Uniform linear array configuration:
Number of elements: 64
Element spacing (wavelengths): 0.75
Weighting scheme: exponential
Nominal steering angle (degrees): -60
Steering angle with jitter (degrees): -59.347
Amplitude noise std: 0.05
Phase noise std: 0.05

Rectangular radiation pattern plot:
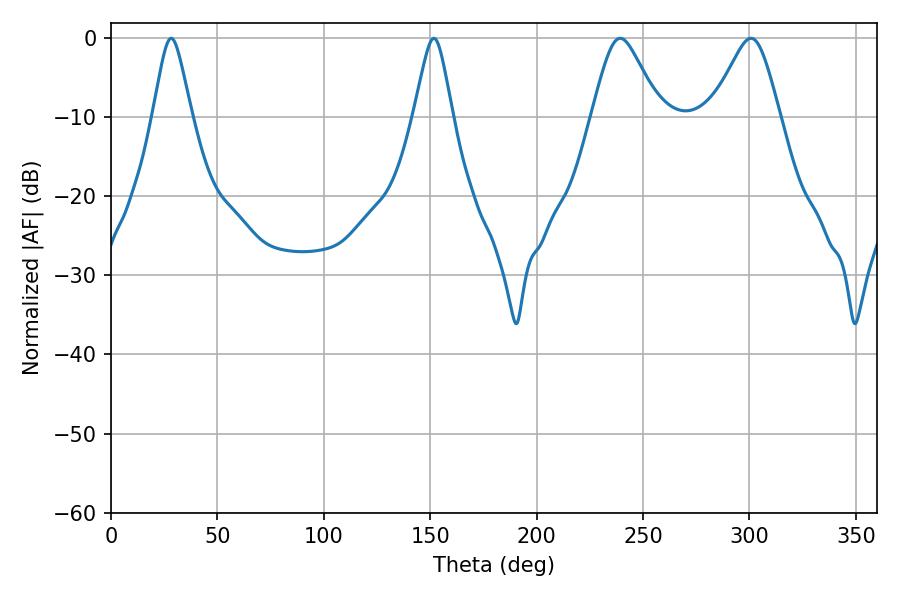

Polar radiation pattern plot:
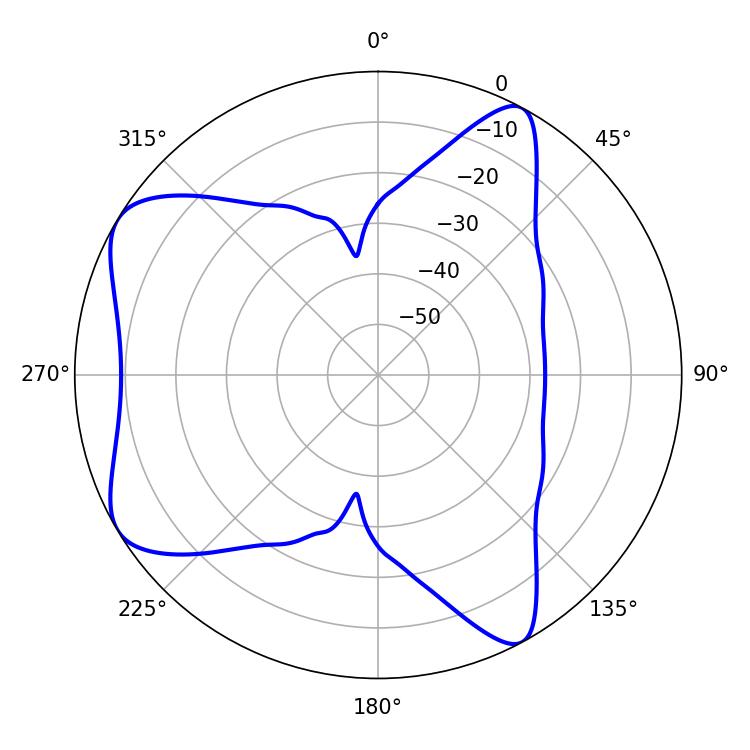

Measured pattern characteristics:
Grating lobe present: TRUE
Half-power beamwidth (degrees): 8.64
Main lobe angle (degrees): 28.26